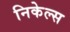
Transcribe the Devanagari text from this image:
निकेल्स